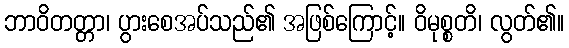
ဘာဝိတတ္တာ၊ ပွားစေအပ်သည်၏ အဖြစ်ကြောင့်။ ဝိမုစ္စတိ၊ လွတ်၏။